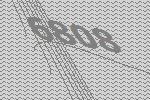
6808